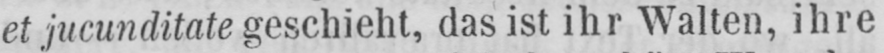
et jucunditate geschieht, das ist ihr Walten, ihre